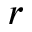
r